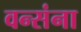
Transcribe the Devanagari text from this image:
वन्संना